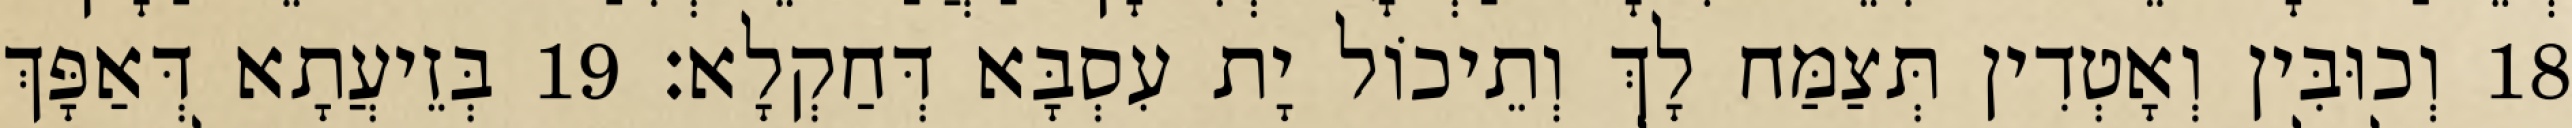
18 וְכוּבִּין וְאָטְדִין תְּצַמַּח לָךְ וְתֵיכוֹל יָת עִסְבָּא דְּחַקְלָא׃ 19 בְּזֵיעֲתָא דְּאַפָּךְ